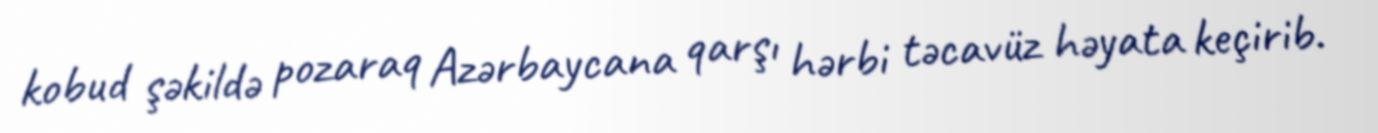
kobud şəkildə pozaraq Azərbaycana qarşı hərbi təcavüz həyata keçirib.